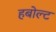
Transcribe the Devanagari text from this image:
हबोल्ट